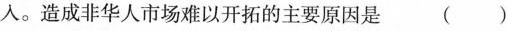
人。造成非华人市场难以开拓的主要原因是()